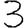
Digit: 3